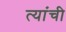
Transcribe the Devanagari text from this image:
त्यांंची